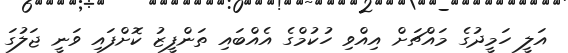
އަލީ ހަމީދުގެ މައްޗަށް އިއްވި ހުކުމްގެ އެއްބައި ތަންފީޒު ކޮށްފައި ވަނީ ޖަލުގަ